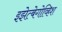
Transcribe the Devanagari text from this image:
इझेत्बेगोव्हिश